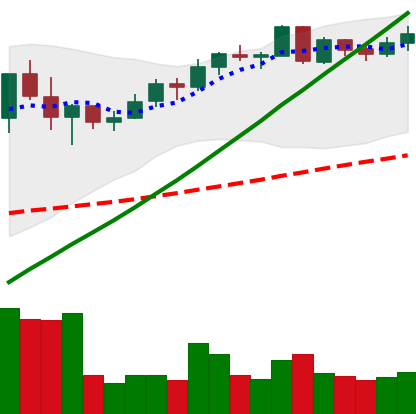
Ticker: BNB-USD
Chart end date: 2021-05-09
Forward return: -8.925%
Label: down_7plus